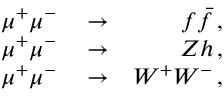
\begin{array} { r l r } { \mu ^ { + } \mu ^ { - } } & { { } \to } & { f \bar { f } \, , } \\ { \mu ^ { + } \mu ^ { - } } & { { } \to } & { Z h \, , } \\ { \mu ^ { + } \mu ^ { - } } & { { } \to } & { W ^ { + } W ^ { - } \, , } \end{array}